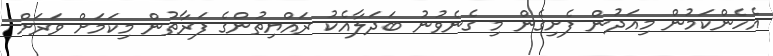
އެހެންކަމުން މިއަދުން ފެށިގެން މި ގެނެވުނު ބަދަލާއެކު ރައްޔިތުންގެ ފަރާތުން މިކަމަށް ވަރަށް